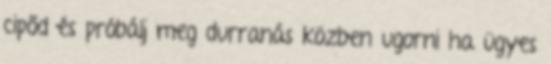
cipőd és próbálj meg durranás közben ugorni ha ügyes